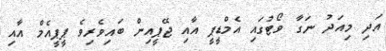
އަދި މިއަދު ނަގާ ވޯޓުގައި އެމްޑީޕީ އާއި ޖޭޕީއިން ބައިވެރިވެ ޕީޕީއެމް އާއި